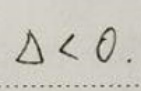
\(\Delta < 0\).